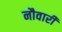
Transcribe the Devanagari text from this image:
नौवारी